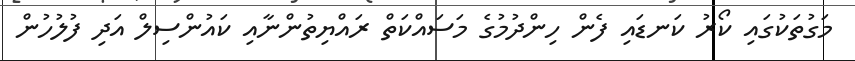
މަގުތަކުގައި ކޯރު ކަނޑައި ފެން ހިންދުމުގެ މަސައްކަތް ރައްޔިތުންނާއި ކައުންސިލް އަދި ފުލުހުން